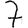
Digit: 7